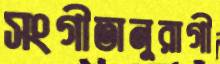
সংগীতানুরাগী